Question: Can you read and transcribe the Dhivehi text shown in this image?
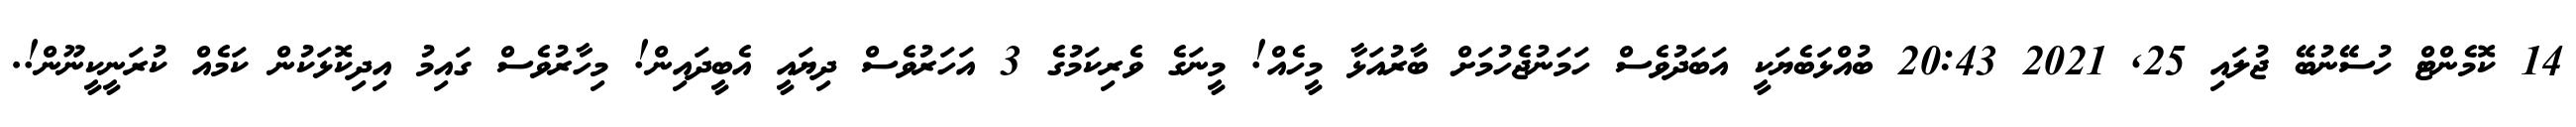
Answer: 14 ކޮމެންޓް ހުސޭނުބޭ ޖުލައި 25, 2021 20:43 ބުއްޅަބެޔަކީ އަބަދުވެސް ހަމަނުޖެހުމަށް ބާރުއަޅާ މީހެއް! މީނަގެ ވެރިކަމުގެ 3 އަހަރުވެސް ދިޔައީ އެބީދައިން! މިހާރުވެސް ގައިމު އިދިކޮޅަކުން ކަމެއް ކުރަނީކީނޫން!.